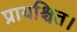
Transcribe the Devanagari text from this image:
प्रायश्चित।